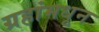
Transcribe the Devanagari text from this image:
ग्रहांमधून